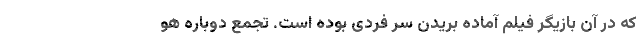
که در آن بازیگر فیلم آماده بریدن سر فردی بوده است. تجمع دوباره هو